Civil Veterinary Department. Madras. Admin. report 1926-33 - 1926-1933
Year: 1926
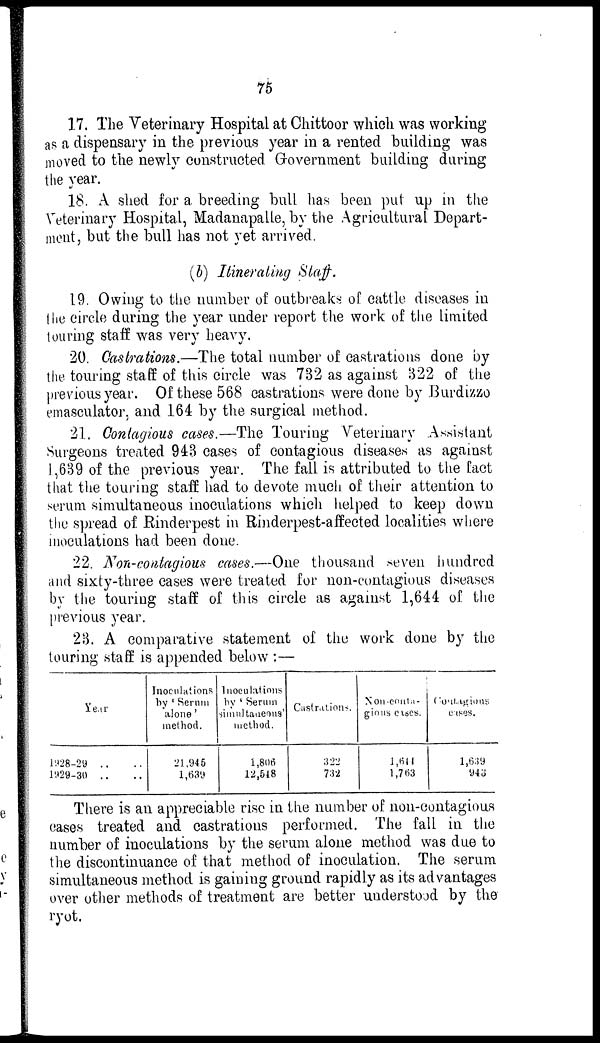
75
17. The Veterinary Hospital at Chittoor which was working
as a dispensary in the previous year in a rented building was
moved to the newly constructed Government building during
the year.
18. A shed for a breeding bull has been put up in the
Veterinary Hospital, Madanapalle, by the Agricultural Depart-
ment, but the bull has not yet arrived.
(b) Itinerating Staff.
19. Owing to the number of outbreaks of cattle diseases in
the circle during the year under report the work of the limited
touring staff was very heavy.
20. Castrations.—The total number of castrations done by
the touring staff of this circle was 732 as against 322 of the
previous year. Of these 568 castrations were done by Burdizzo
emasculator, and 164 by the surgical method.
21. Contagious cases.—The Touring Veterinary Assistant
Surgeons treated 943 cases of contagious diseases as against
1,639 of the previous year. The fall is attributed to the fact
that the touring staff had to devote much of their attention to
serum simultaneous inoculations which helped to keep down
the spread of Rinderpest in Rinderpest-affected localities where
inoculations had been done.
22. Non-contagious cases.—One thousand seven hundred
and sixty-three cases were treated for non-contagious diseases
by the touring staff of this circle as against 1,644 of the
previous year.
23. A comparative statement of the work done by the
touring staff is appended below :—
Year
1928-29 .. ..
1929-30 .. ..
Inoculations
by 'Serum
alone'
method.
21,945
1,639
Inoculations
by 'Serum
simultaneous'
method.
1,806
12,548
Castrations.
322
732
Non-conta-
gious cases.
1,644
1,763
Contagious
cases.
1,639
943
There is an appreciable rise in the number of non-contagious
cases treated and castrations performed. The fall in the
number of inoculations by the serum alone method was due to
the discontinuance of that method of inoculation. The serum
simultaneous method is gaining ground rapidly as its advantages
over other methods of treatment are better understood by the
ryot.